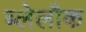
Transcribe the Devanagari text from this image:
ब्लेलौक